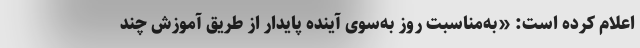
اعلام کرده است: «به‌مناسبت روز به‌سوی آینده پایدار از طریق آموزش چند